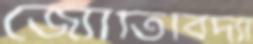
জ্যোতির্বিদ্যা